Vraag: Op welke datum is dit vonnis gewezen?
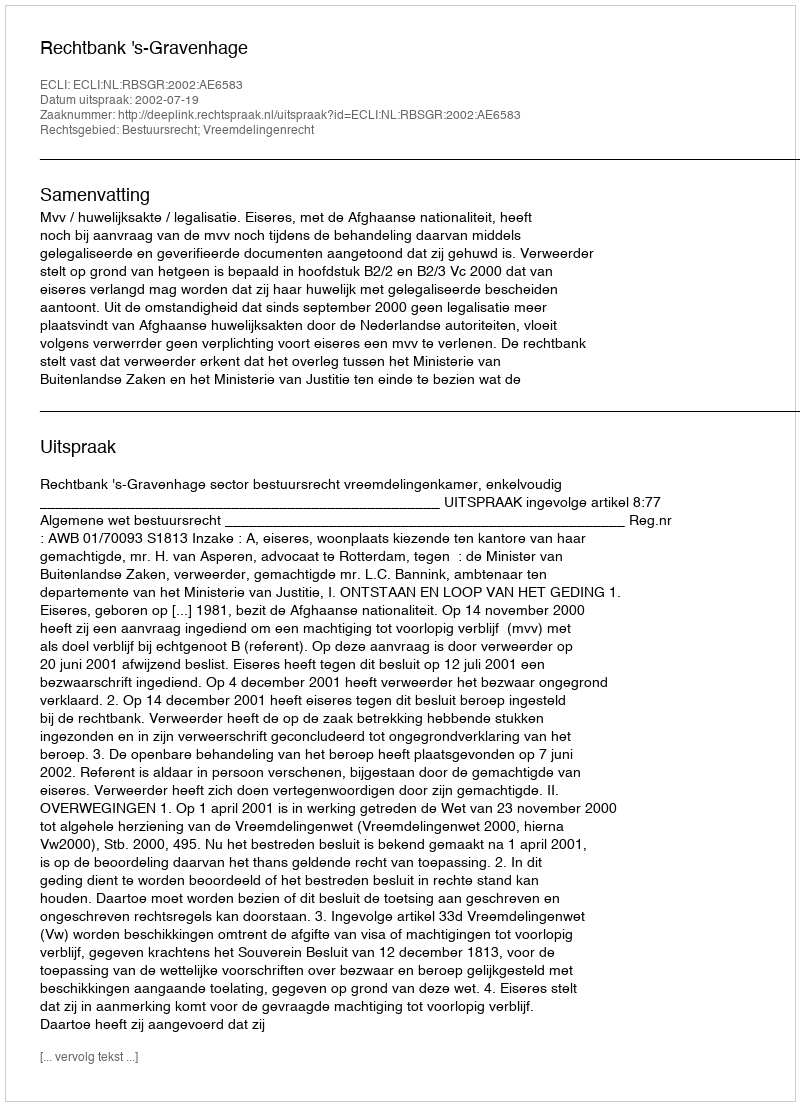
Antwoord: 2002-07-19